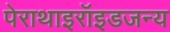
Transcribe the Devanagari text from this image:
पेराथाइरॉइडजन्य